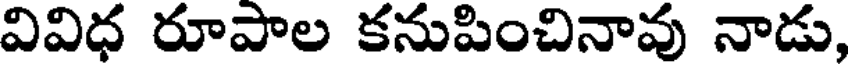
వివిధ రూపాల కనుపించినావు నాడు,